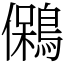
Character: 䳰